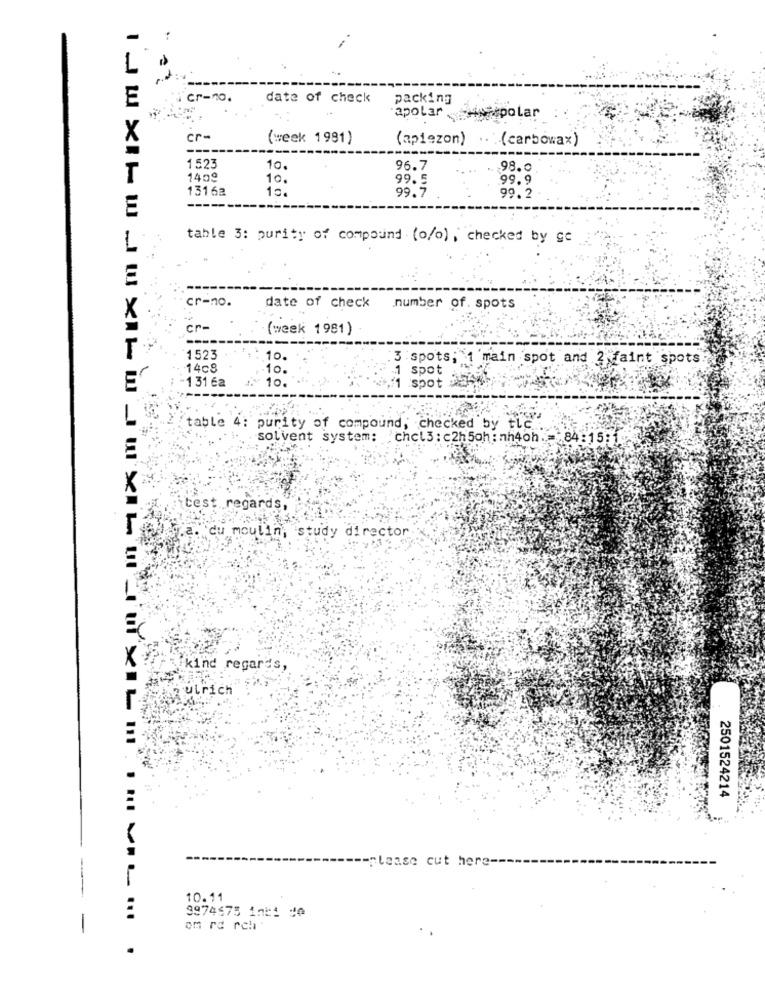
----
cr-10.
date of check
packing
apolar
usaspolar
cr-
(week 1981)
(apiezon)
.(carbowax)
1523
10.
96.7
98.0
T
1409
10.
99.5
99.9
13162
1c.
99.7
99.2
table 3: purity of compound (o/o) , checked by ge
cr-no.
X
date of check number of. spots
cr-
(week 1981)
1523
10.
3 spots; 1 main spot and 2 faint spots
14c8
10.
spot
1 31 6a
10.
E‘
spot
table 4: purity of compound, checked by tic.
solvent system: chel3 : c2h5oh: nh4oh. = 84:15:1
itest .regards,
"du moulin, study director
kind regards,
ulrich
2501524214
-please cut here --
10.11
9974675 1nt1 de
-
om rd rch :